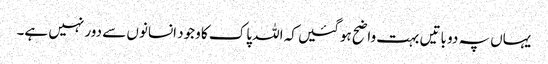
یہاں پہ دو باتیں بہت واضح ہوگئیں کہ اللہ پاک کا وجود انسانوں سے دور نہیں ہے۔